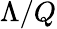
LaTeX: \Lambda/Q